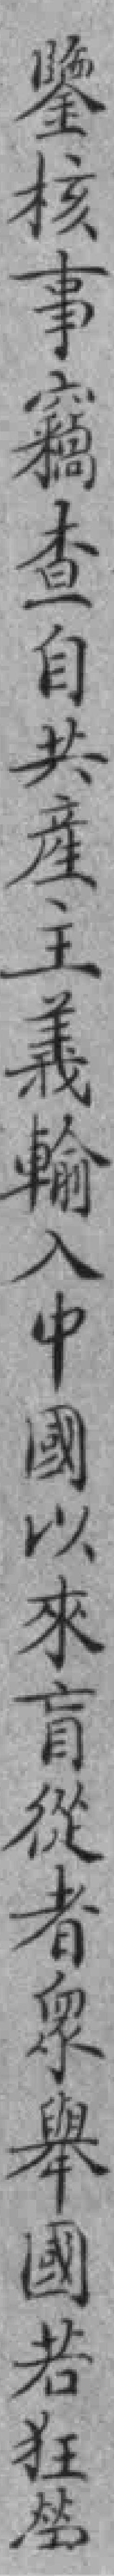
鑒核事竊查自共產主義輸入中國以來盲從者衆舉國若狂勞